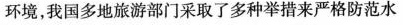
环境，我国多地旅游部门采取了多种举措来严格防范水